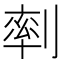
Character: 𠞩